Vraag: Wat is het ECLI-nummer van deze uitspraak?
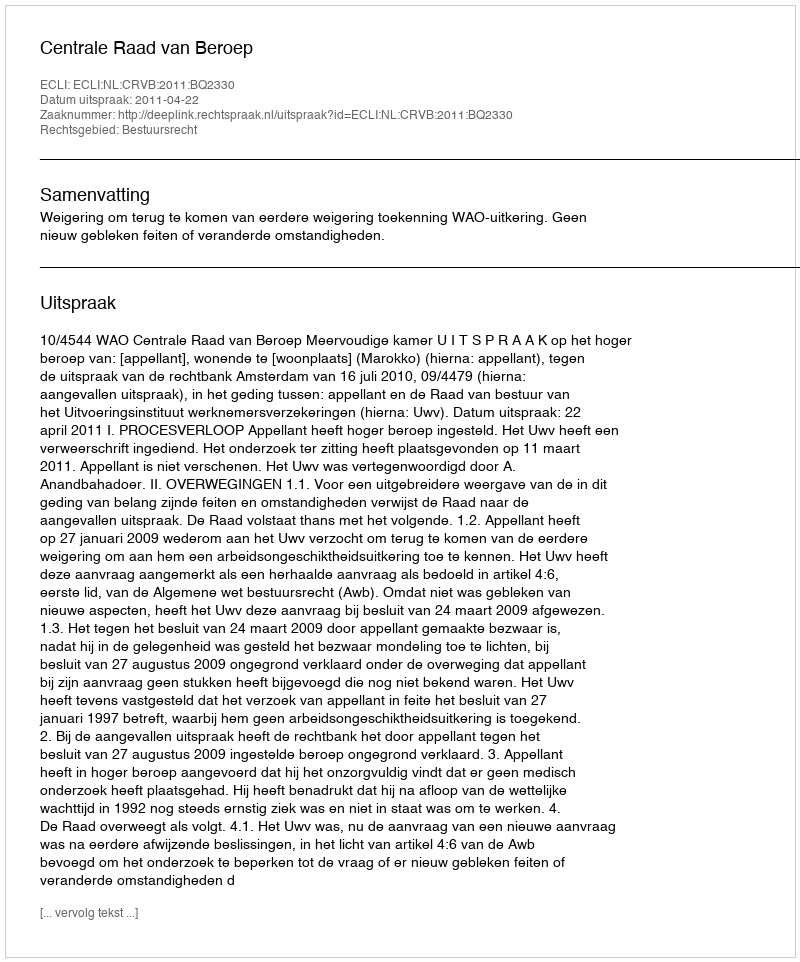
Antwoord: ECLI:NL:CRVB:2011:BQ2330